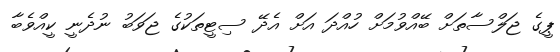
ޕީގެ ޖަލްސާތަށް ބޭއްވުމަށް ހުއްދަ އަށް އެދޭ ސިޓީތަކުގެ ޖަވަބު ނުދެނީ ކީއްވެބާ